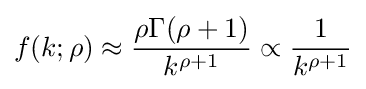
f(k;\rho )\approx {\frac {\rho \Gamma (\rho +1)}{k^{\rho +1}}}\propto {\frac {1}{k^{\rho +1}}}